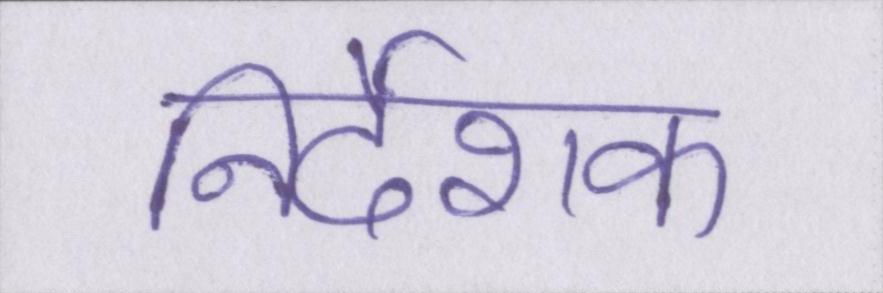
निर्देशक